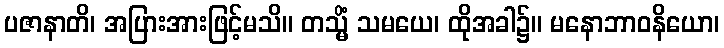
ပဇာနာတိ၊ အပြားအားဖြင့်မသိ။ တသ္မိံ သမယေ၊ ထိုအခါ၌။ မနောဘာဝနိယော၊